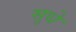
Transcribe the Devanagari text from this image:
सुधे